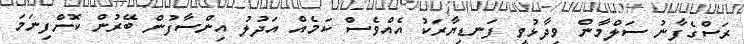
ރަސްގެފާނު ސަލްމާން ވިދާޅުވީ ފަނޑިޔާރަކު އެއްވެސް ކަމެއް އަދުލު އިންސާފުން ބޭރުން ކޮށްފިނަމަ